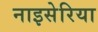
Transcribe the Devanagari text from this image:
नाइसेरिया